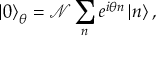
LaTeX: \left| 0 \right\rangle _ { \theta } = \mathcal { N } \sum _ { n } e ^ { i \theta n } \left| n \right\rangle ,